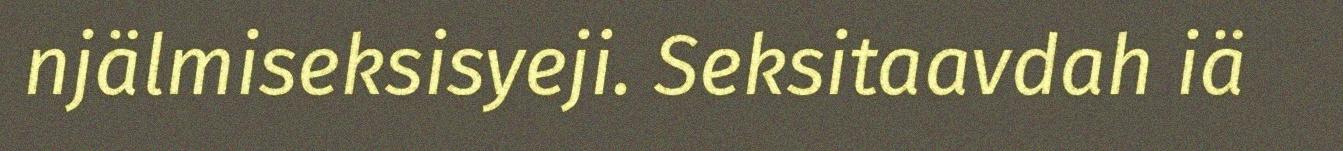
njälmiseksisyeji. Seksitaavdah iä